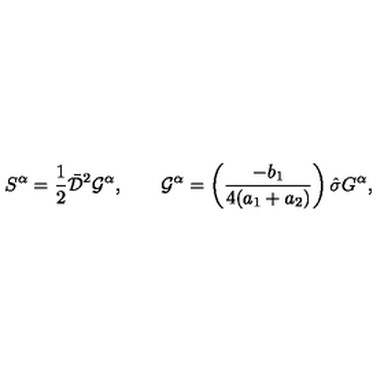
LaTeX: S ^ { \alpha } = { \mathrm { \small { \frac 1 2 } } } \bar { \cal D } ^ { 2 } { \cal G } ^ { \alpha } , \quad \quad { \cal G } ^ { \alpha } = \left( \frac { - b _ { 1 } } { 4 ( a _ { 1 } + a _ { 2 } ) } \right) \hat { \sigma } G ^ { \alpha } ,